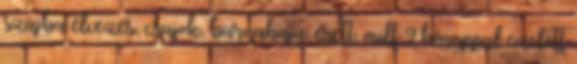
szájba élvezés, csajok, barnahajú, érett, milf 9 hónappal ezelőtt